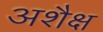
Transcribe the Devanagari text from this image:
अशैक्ष